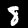
Label: 8